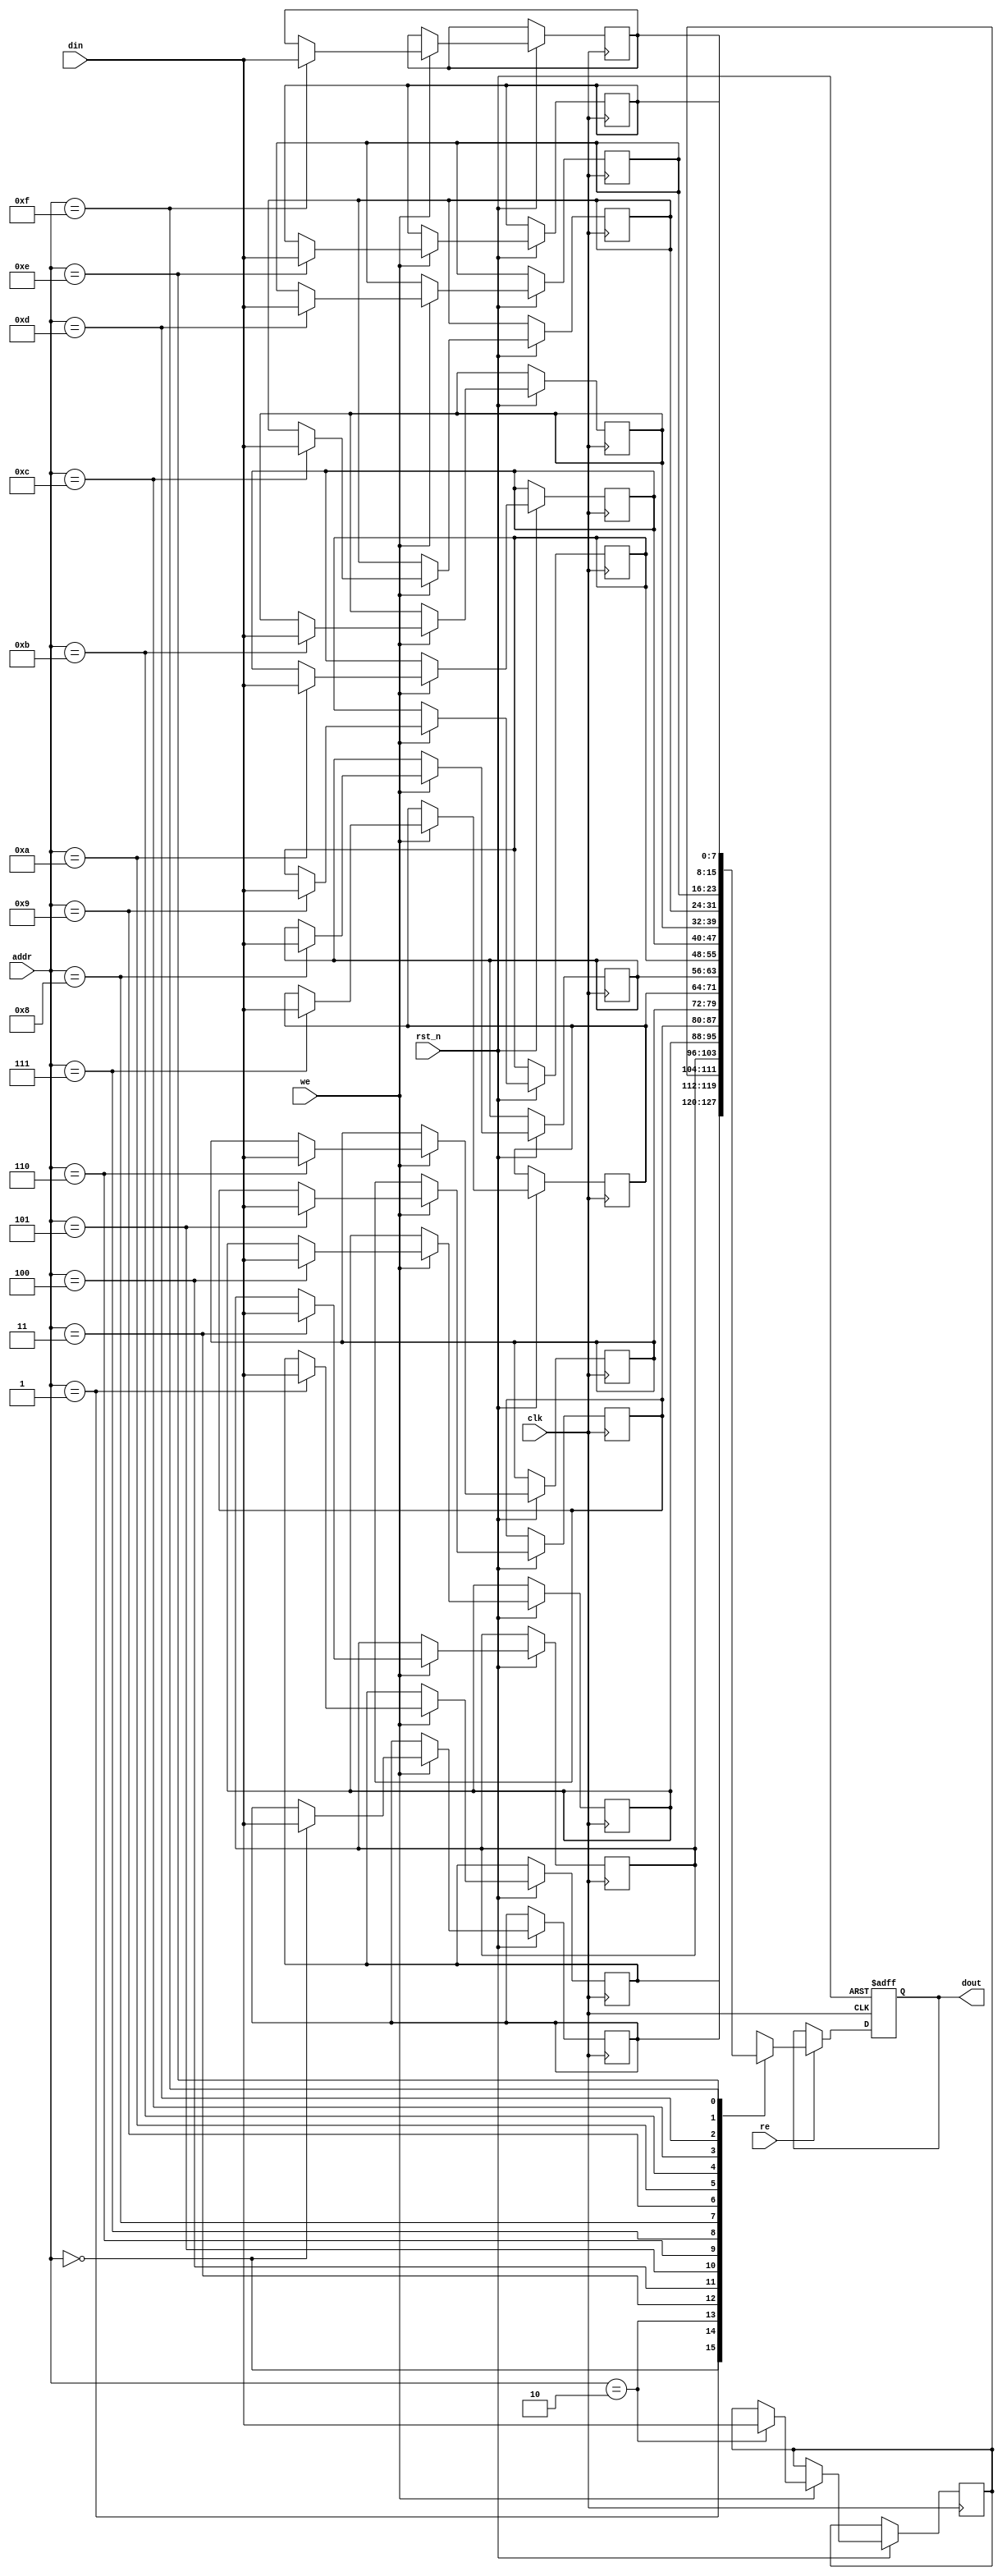
module low_power_sram #(
    parameter DATA_WIDTH = 8,      // Configurable data width
    parameter ADDR_WIDTH = 4,      // Address width (for 16 locations)
    parameter MEMORY_DEPTH = 16     // Number of memory locations
) (
    input  wire                  clk,         // Clock signal
    input  wire                  rst_n,       // Active low reset
    input  wire                  we,          // Write enable
    input  wire                  re,          // Read enable
    input  wire [ADDR_WIDTH-1:0] addr,         // Address input
    input  wire [DATA_WIDTH-1:0] din,          // Data input
    output reg  [DATA_WIDTH-1:0] dout          // Data output
);

    // Memory array: 16 locations of 8-bit wide SRAM cells
    reg [DATA_WIDTH-1:0] mem [0:MEMORY_DEPTH-1];

    // Control Logic
    always @(posedge clk or negedge rst_n) begin
        if (!rst_n) begin
            dout <= 0; // Reset output
        end else begin
            if (we) begin
                // Write operation
                mem[addr] <= din;
            end
            if (re) begin
                // Read operation
                dout <= mem[addr];
            end
        end
    end

endmodule